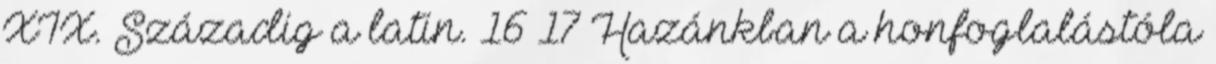
XIX. Századig a latin. 16 17 Hazánkban a honfoglalástóla